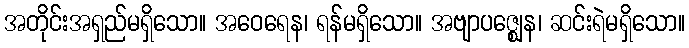
အတိုင်းအရှည်မရှိသော။ အဝေရေန၊ ရန်မရှိသော။ အဗျာပဇ္ဈေန၊ ဆင်းရဲမရှိသော။